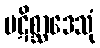
ပဋိစ္ဆာဒေသုံ